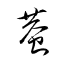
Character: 蛬